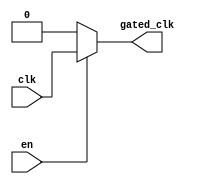
module clock_gating (
    input wire clk,       // Primary clock signal
    input wire en,        // Enable signal for clock gating
    output wire gated_clk // Gated clock output
);

// Internal signals for the transmission gate
wire n_en; // Inverted enable signal

// Invert the enable signal
assign n_en = ~en;

// Transmission gate implementation
assign gated_clk = (en) ? clk : 1'b0; // When EN is high, pass CLK; otherwise, output 0

endmodule